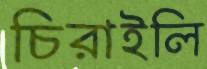
চিরাইলি